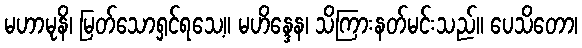
မဟာမုနိ၊ မြတ်သောရှင်ရသေ့။ မဟိန္ဒေန၊ သိကြားနတ်မင်းသည်။ ပေသိတော၊